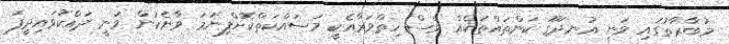
މުބާރާތުގައި ވަނީ އުނދަގޫ ކަންތައްތަކެއް ވެސް ހިތްވަރާއެކީ މަސައްކަތްކޮށްފިނަމަ ވާނެކަން ވަނީ ދައްކުވައިދީފަ